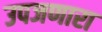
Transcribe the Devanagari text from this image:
उपजणारा